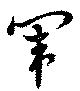
闈